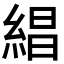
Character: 𬗡